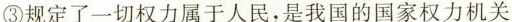
③规定了一切权力属于人民，是我国的国权力机关